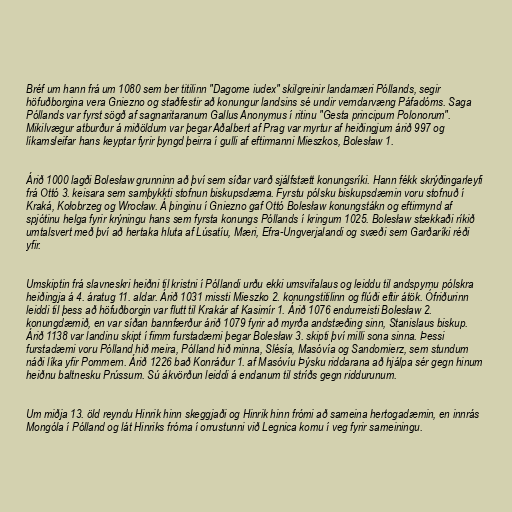
Bréf um hann frá um 1080 sem ber titilinn "Dagome iudex" skilgreinir landamæri Póllands, segir
höfuðborgina vera Gniezno og staðfestir að konungur landsins sé undir verndarvæng Páfadóms. Saga
Póllands var fyrst sögð af sagnaritaranum Gallus Anonymus í ritinu "Gesta principum Polonorum".
Mikilvægur atburður á miðöldum var þegar Aðalbert af Prag var myrtur af heiðingjum árið 997 og
líkamsleifar hans keyptar fyrir þyngd þeirra í gulli af eftirmanni Mieszkos, Bolesław 1.

Árið 1000 lagði Bolesław grunninn að því sem síðar varð sjálfstætt konungsríki. Hann fékk skrýðingarleyfi
frá Ottó 3. keisara sem samþykkti stofnun biskupsdæma. Fyrstu pólsku biskupsdæmin voru stofnuð í
Kraká, Kołobrzeg og Wrocław. Á þinginu í Gniezno gaf Ottó Bolesław konungstákn og eftirmynd af
spjótinu helga fyrir krýningu hans sem fyrsta konungs Póllands í kringum 1025. Bolesław stækkaði ríkið
umtalsvert með því að hertaka hluta af Lúsatíu, Mæri, Efra-Ungverjalandi og svæði sem Garðaríki réði
yfir.

Umskiptin frá slavneskri heiðni til kristni í Póllandi urðu ekki umsvifalaus og leiddu til andspyrnu pólskra
heiðingja á 4. áratug 11. aldar. Árið 1031 missti Mieszko 2. konungstitilinn og flúði eftir átök. Ófriðurinn
leiddi til þess að höfuðborgin var flutt til Krakár af Kasimír 1. Árið 1076 endurreisti Bolesław 2.
konungdæmið, en var síðan bannfærður árið 1079 fyrir að myrða andstæðing sinn, Stanislaus biskup.
Árið 1138 var landinu skipt í fimm furstadæmi þegar Bolesław 3. skipti því milli sona sinna. Þessi
furstadæmi voru Pólland hið meira, Pólland hið minna, Slésía, Masóvía og Sandomierz, sem stundum
náði líka yfir Pommern. Árið 1226 bað Konráður 1. af Masóvíu Þýsku riddarana að hjálpa sér gegn hinum
heiðnu baltnesku Prússum. Sú ákvörðun leiddi á endanum til stríðs gegn riddurunum.

Um miðja 13. öld reyndu Hinrik hinn skeggjaði og Hinrik hinn frómi að sameina hertogadæmin, en innrás
Mongóla í Pólland og lát Hinriks fróma í orrustunni við Legnica komu í veg fyrir sameiningu.